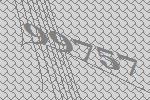
99757